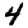
Digit: 4